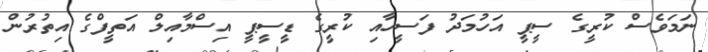
ނަމަވެސް ކުރީގެ ސީޕީ އަހުމަދު ފަސީހާއި ކުރީގެ ޑީސީޕީ އިސްމާއިލް އަތީފްގެ އިތުރުން